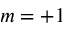
m = + 1